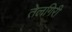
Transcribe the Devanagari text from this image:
तेलगिरी